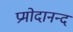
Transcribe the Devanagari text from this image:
प्रमोदानन्द